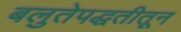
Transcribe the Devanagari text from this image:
बलुतेपद्धतीतून